画像に写った文字を読んでください
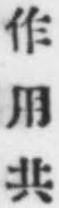
「作用共」と書いてあります